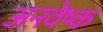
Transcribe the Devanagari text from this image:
अनवेष्क